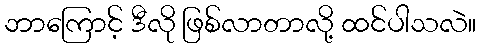
ဘာကြောင့် ဒီလို ဖြစ်လာတာလို့ ထင်ပါသလဲ။